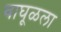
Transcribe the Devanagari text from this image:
वाघूळला